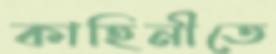
কাহিনীতে